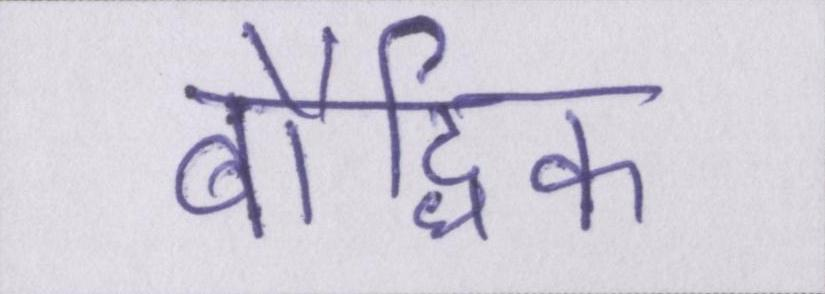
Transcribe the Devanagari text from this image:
बौद्धिक